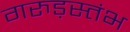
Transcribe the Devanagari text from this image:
गरुड़स्तंभ